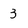
Character: 3